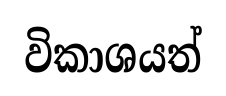
විකාශයත්